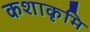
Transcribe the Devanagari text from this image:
कशाकृमि